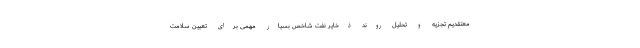
معتقدیم تجزیه و تحلیل روند ذخایر نفت شاخص بسیار مهمی برای تعیین سلامت